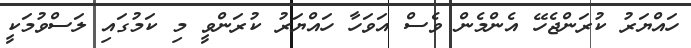
ހައްޔަރު ކުރަންޖެހޭ އެންމެން ވެސް އަވަހާ ހައްޔަރު ކުރަންވީ މި ކަމުގައި ލަސްވުމަކީ